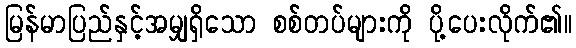
မြန်မာပြည်နှင့်အမျှရှိသော စစ်တပ်များကို ပို့ပေးလိုက်၏။